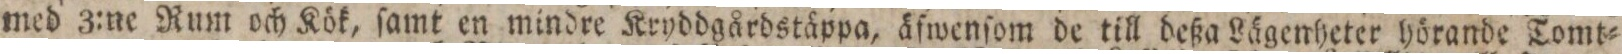
med 3:ne Rum och Kök, ſamt en mindre Kryddgårdstäppa, äſwenſom de till deßa Lägenheter hörande Tomt=